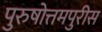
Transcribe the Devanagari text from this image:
पुरुषोत्तमपुरीस